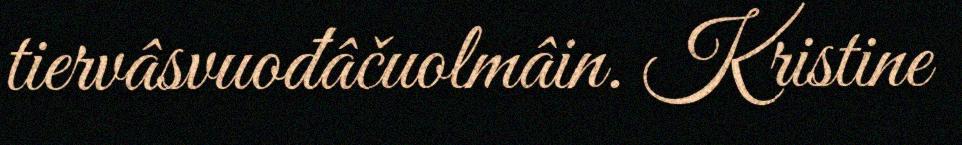
tiervâsvuođâčuolmâin. Kristine